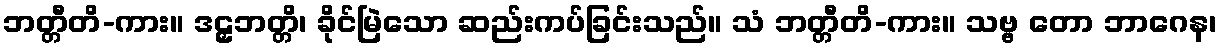
ဘတ္တီတိ-ကား။ ဒဠှဘတ္တိ၊ ခိုင်မြဲသော ဆည်းကပ်ခြင်းသည်။ သံ ဘတ္တီတိ-ကား။ သဗ္ဗ တော ဘာဂေန၊